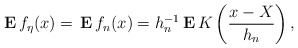
\begin{align*}{\bf \,E\,}f_{\eta }(x)={\bf \,E\,}f_{n}(x)=h_{n}^{-1}{\bf \,E\,}K\left(\frac{x-X}{h_{n}}\right) , \end{align*}